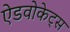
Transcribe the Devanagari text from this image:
ऐडवोकेट्स